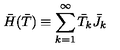
\bar { H } ( \bar { T } ) \equiv \sum _ { k = 1 } ^ { \infty } \bar { T } _ { k } \bar { J } _ { k }